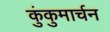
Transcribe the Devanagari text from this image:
कुंकुमार्चन